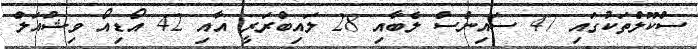
ސްކޫލްތަކުގައި 47 ސައިންސް ލެބާއި 28 ލައިބްރަރީ އާއި 42 އޯޑިއޯ ވިޝުއަލް